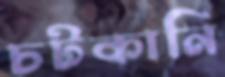
চটকানি